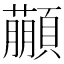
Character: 𩕕